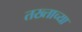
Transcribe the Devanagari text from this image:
तख्ताच्या